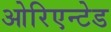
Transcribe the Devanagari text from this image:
ओरिएन्टेड